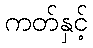
ကတ်နှင့်